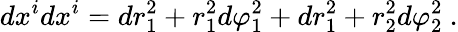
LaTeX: dx^{i}dx^{i}=dr_{1}^{2}+r_{1}^{2}d\varphi_{1}^{2}+dr_{1}^{2}+r_{2}^{2}d\varphi_{2}^{2}~.